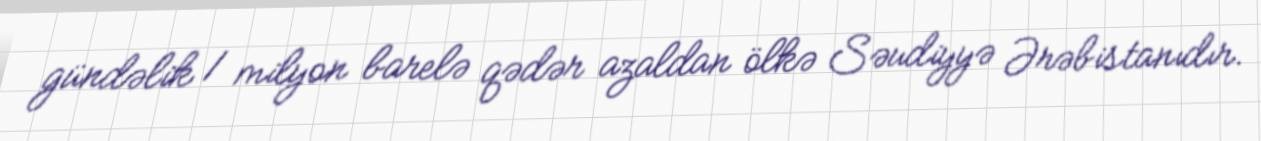
gündəlik 1 milyon barelə qədər azaldan ölkə Səudiyyə Ərəbistanıdır.